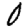
Digit: 0